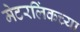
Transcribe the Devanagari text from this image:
मेटरलिंकच्या